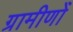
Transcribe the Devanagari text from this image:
ग्रामीणोँ